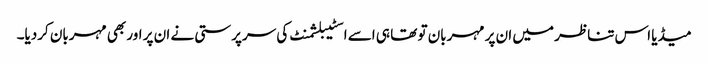
میڈیا اس تناظر میں ان پر مہربان تو تھا ہی اسے اسٹیبلشمنٹ کی سرپرستی نے ان پر اور بھی مہربان کردیا۔